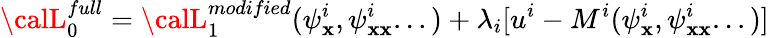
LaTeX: {\calL}_{0}^{full}={\calL}_{1}^{modified}(\psi_{\mathbf{x}}^{i},\psi_{\mathbf{x}\mathbf{x}}^{i}...)+\lambda_{i}[u^{i}-M^{i}(\psi_{\mathbf{x}}^{i},\psi_{\mathbf{x}\mathbf{x}}^{i}...)]